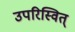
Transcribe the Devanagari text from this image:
उपरिस्वित्